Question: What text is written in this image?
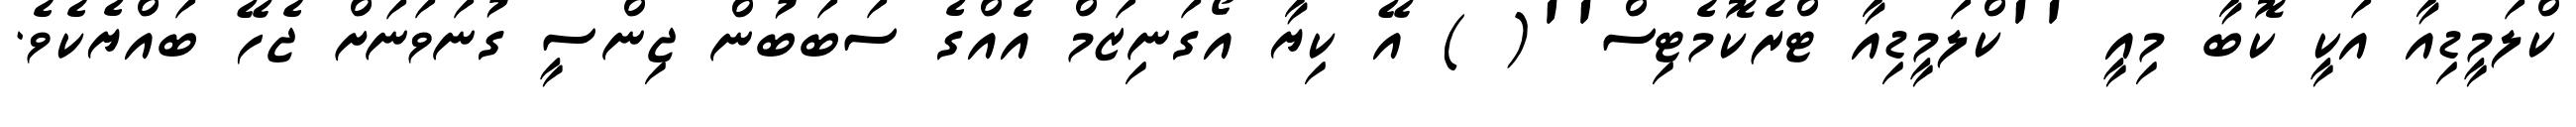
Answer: ކްލަމީޑިއާ އަކީ ކޮބާ މިއީ ''ކްލަމީޑިއާ ޓްރެކޮމެޓިސް''( ) އޭ ކިޔާ އޯގަނިޒަމް އެއްގެ ސަބަބުން ޖިންސީ ގުނަވަނަށް ޖެހޭ ބައްޔެކެވެ.